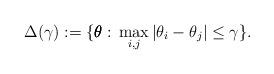
LaTeX: \begin{align*}\Delta(\gamma):=\{\pmb{\theta}:\, \max_{i,j}|\theta_i-\theta_j|\le \gamma\}.\end{align*}